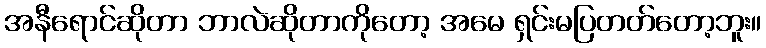
အနီရောင်ဆိုတာ ဘာလဲဆိုတာကိုတော့ အမေ ရှင်းမပြတတ်တော့ဘူး။